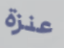
عنزة